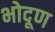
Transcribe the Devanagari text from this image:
भोदूण